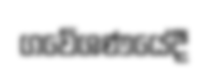
ගවේශණයේදී